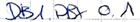
Text: DB1.DBX 0.1